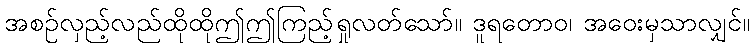
အစဉ်လှည့်လည်ထိုထိုဤဤကြည့်ရှုလတ်သော်။ ဒူရတောဝ၊ အဝေးမှသာလျှင်။